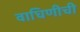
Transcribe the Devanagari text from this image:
वाघिणीची